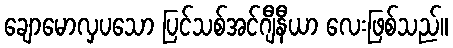
ချောမောလှပသော ပြင်သစ်အင်ဂျီနီယာ လေးဖြစ်သည်။